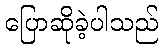
ပြောဆိုခဲ့ပါသည်